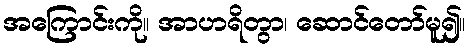
အကြောင်းကို။ အာဟရိတွာ၊ ဆောင်တော်မူ၍။